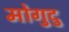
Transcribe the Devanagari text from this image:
मोगुदु